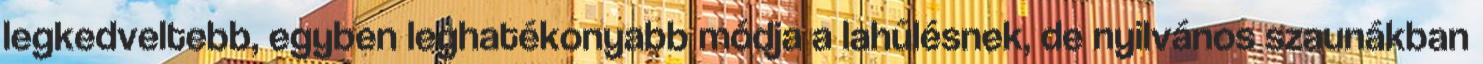
legkedveltebb, egyben leghatékonyabb módja a lahűlésnek, de nyilvános szaunákban